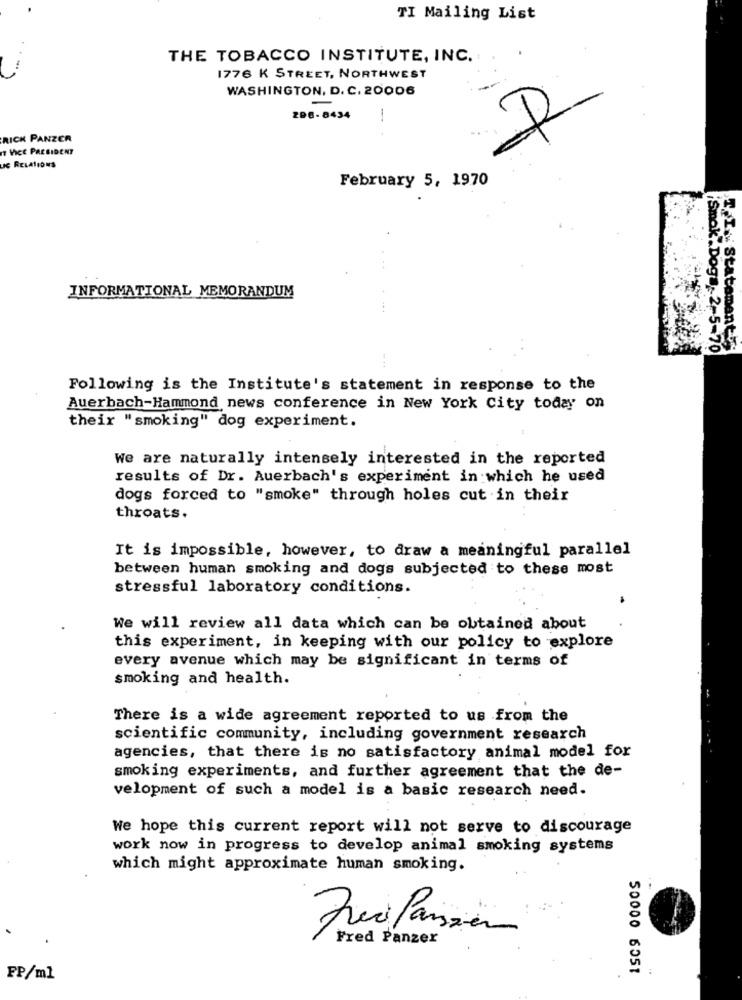
TI Mailing List
THE TOBACCO INSTITUTE, INC.
1776 K STREET, NORTHWEST
WASHINGTON, D. C. 20006
ZDE-8434
1
RICK PANZER
VICE PRESIDENT
uc RELATIONS
February 5, 1970
INFORMATIONAL MEMORANDUM
Smok.Doga 2-5-70
T.I . Statement
Following is the Institute's statement in response to the
Auerbach-Hammond news conference in New York City today on
their "smoking" dog experiment.
We are naturally intensely interested in the reported
results of Dr. Auerbach's experiment in which he used
dogs forced to "smoke" through holes cut in their
throats.
It is impossible, however, to draw a meaningful parallel
between human smoking and dogs subjected to these most
stressful laboratory conditions.
We will review all data which can be obtained about
this experiment, in keeping with our policy to explore
every avenue which may be significant in terms of
smoking and health.
There is a wide agreement reported to us from the
scientific community, including government research
agencies, that there is no satisfactory animal model for
smoking experiments, and further agreement that the de-
velopment of such a model is a basic research need.
We hope this current report will not serve to discourage
work now in progress to develop animal smoking systems
which might approximate human smoking.
Frei Panzer
Fred Panzer
50000 6051
FP/ml